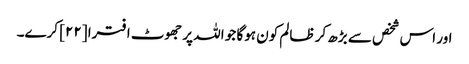
اور اس شخص سے بڑھ کر ظالم کون ہوگا جو اللہ پر جھوٹ افترا [٢٢] کرے۔